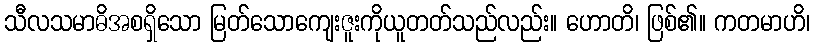
သီလသမာဓိအစရှိသော မြတ်သောကျေးဇူးကိုယူတတ်သည်လည်း။ ဟောတိ၊ ဖြစ်၏။ ကတမာဟိ၊